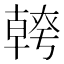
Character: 𭅪